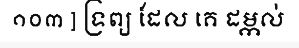
១០៣ ] ទ្រព្យ ដែល គេ ដម្កល់